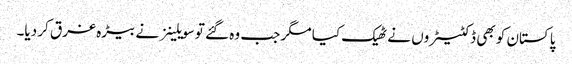
پاکستان کو بھی ڈکٹیٹروں نے ٹھیک کیا مگر جب وہ گئے تو سویلینز نے بیڑہ غرق کر دیا۔